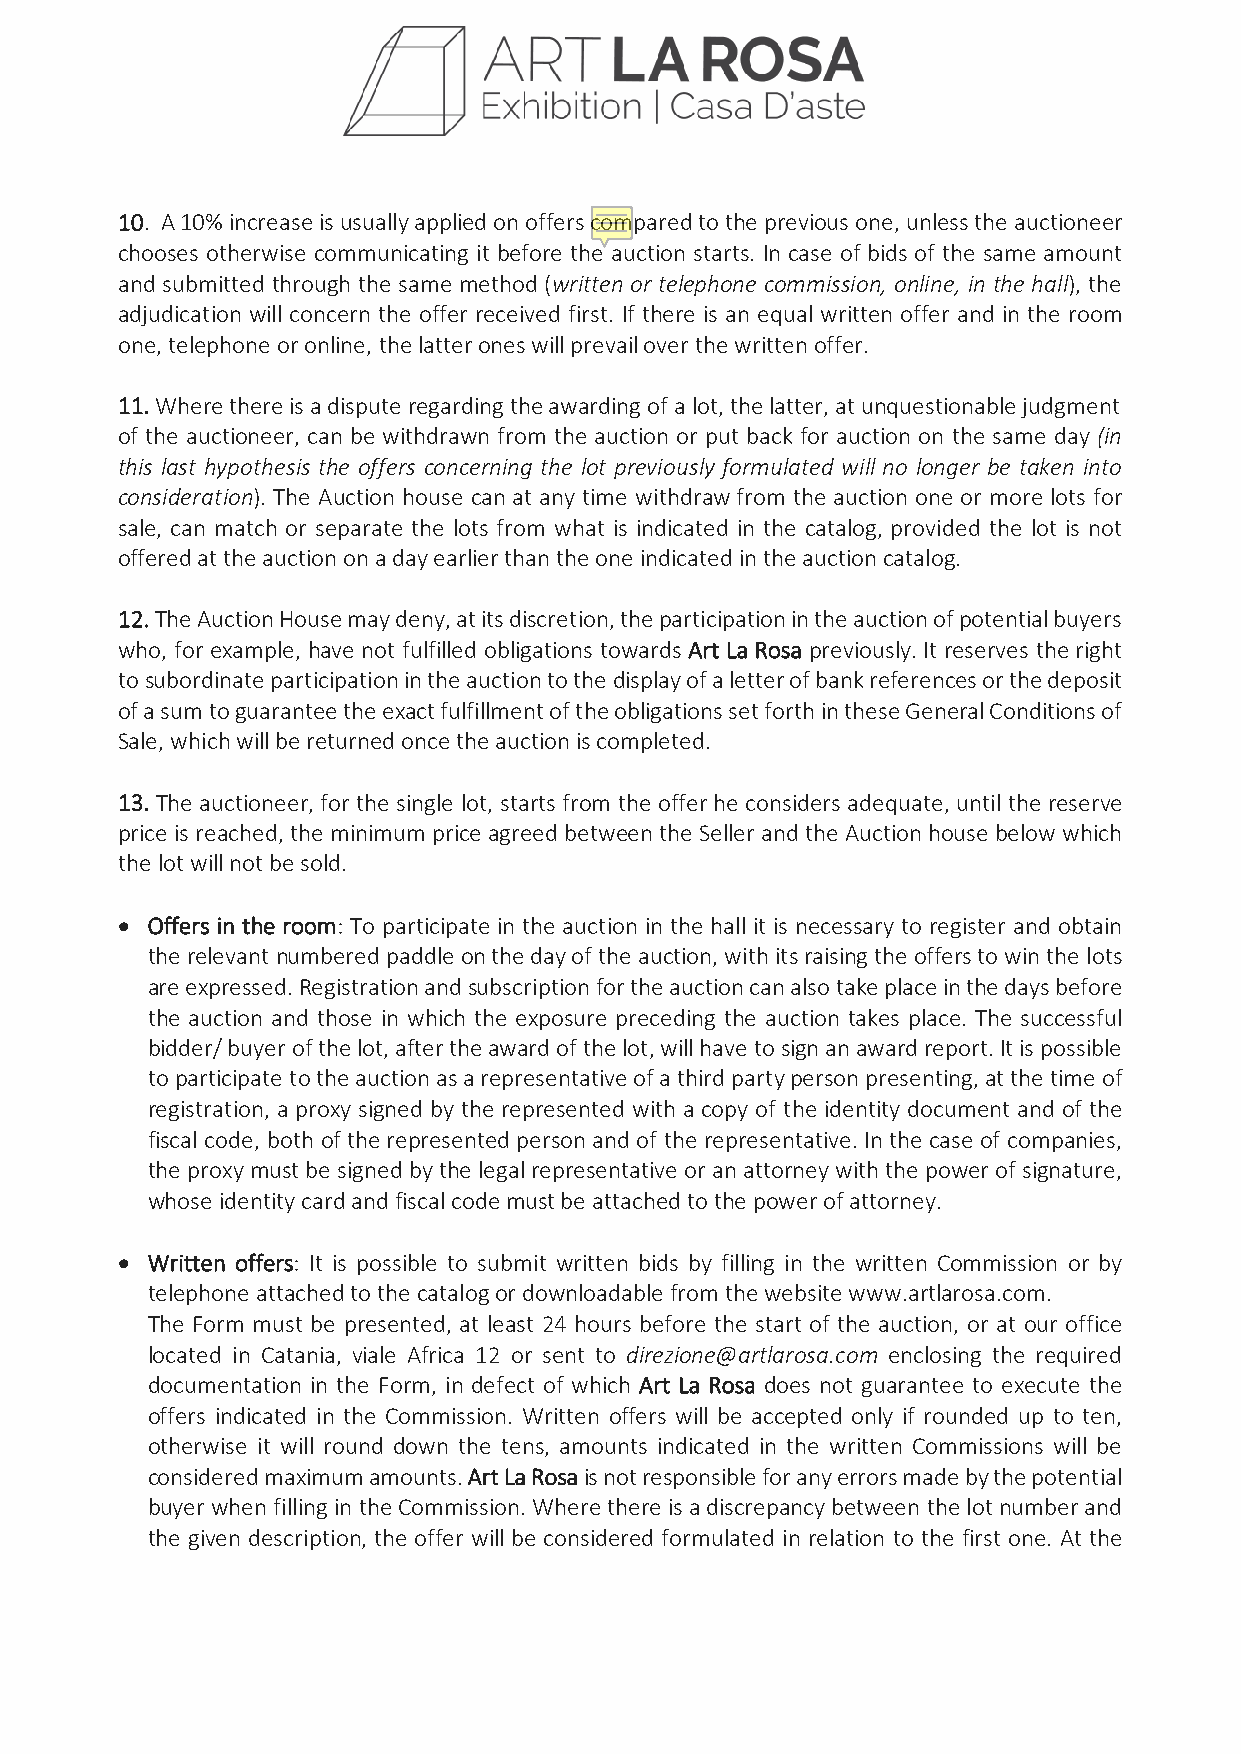
10. A 10% increase is usually applied on offers compared to the previous one, unless the auctioneer
 chooses otherwise communicating it before the auction starts. In case of bids of the same amount
 and submitted through the same method (written or telephone commission, online, in the hall), the
 adjudication will concern the offer received first. If there is an equal written offer and in the room
 one, telephone or online, the latter ones will prevail over the written offer.
 11. Where there is a dispute regarding the awarding of a lot, the latter, at unquestionable judgment
 of the auctioneer, can be withdrawn from the auction or put back for auction on the same day (in
 this last hypothesis the offers concerning the lot previously formulated will no longer be taken into
 consideration). The Auction house can at any time withdraw from the auction one or more lots for
 sale, can match or separate the lots from what is indicated in the catalog, provided the lot is not
 offered at the auction on a day earlier than the one indicated in the auction catalog.
 12. The Auction House may deny, at its discretion, the participation in the auction of potential buyers
 who, for example, have not fulfilled obligations towards Art La Rosa previously. It reserves the right
 to subordinate participation in the auction to the display of a letter of bank references or the deposit
 of a sum to guarantee the exact fulfillment of the obligations set forth in these General Conditions of
 Sale, which will be returned once the auction is completed.
 13. The auctioneer, for the single lot, starts from the offer he considers adequate, until the reserve
 price is reached, the minimum price agreed between the Seller and the Auction house below which
 the lot will not be sold.
 • Offers in the room: To participate in the auction in the hall it is necessary to register and obtain
 the relevant numbered paddle on the day of the auction, with its raising the offers to win the lots
 are expressed. Registration and subscription for the auction can also take place in the days before
 the auction and those in which the exposure preceding the auction takes place. The successful
 bidder/ buyer of the lot, after the award of the lot, will have to sign an award report. It is possible
 to participate to the auction as a representative of a third party person presenting, at the time of
 registration, a proxy signed by the represented with a copy of the identity document and of the
 fiscal code, both of the represented person and of the representative. In the case of companies,
 the proxy must be signed by the legal representative or an attorney with the power of signature,
 whose identity card and fiscal code must be attached to the power of attorney.
 • Written offers: It is possible to submit written bids by filling in the written Commission or by
 telephone attached to the catalog or downloadable from the website www.artlarosa.com.
 The Form must be presented, at least 24 hours before the start of the auction, or at our office
 located in Catania, viale Africa 12 or sent to direzione@artlarosa.com enclosing the required
 documentation in the Form, in defect of which Art La Rosa does not guarantee to execute the
 offers indicated in the Commission. Written offers will be accepted only if rounded up to ten,
 otherwise it will round down the tens, amounts indicated in the written Commissions will be
 considered maximum amounts. Art La Rosa is not responsible for any errors made by the potential
 buyer when filling in the Commission. Where there is a discrepancy between the lot number and
 the given description, the offer will be considered formulated in relation to the first one. At the